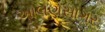
આલણસાગર